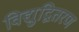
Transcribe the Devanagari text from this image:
विद्युद्वितरण